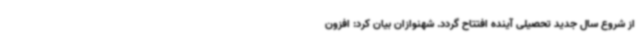
از شروع سال جدید تحصیلی آینده افتتاح گردد. شهنوازان بیان کرد: افزون